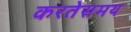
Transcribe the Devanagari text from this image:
करतेसमय